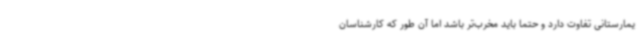
یمارستانی تفاوت دارد و حتما باید مخرب‌تر باشد اما آن‌ طور که کارشناسان